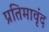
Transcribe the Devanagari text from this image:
प्रतिमावृंद